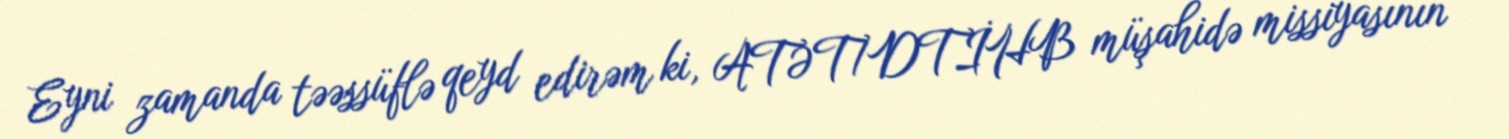
Eyni zamanda təəssüflə qeyd edirəm ki, ATƏT/DTİHB müşahidə missiyasının